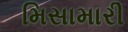
મિસામારી